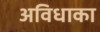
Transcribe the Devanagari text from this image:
अविधाका